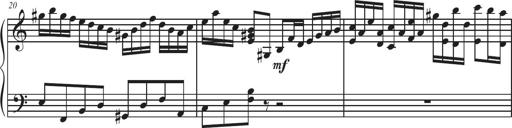
Title: Sonatina Espania
Composer: Jerald Franklin Archer
Key: Various